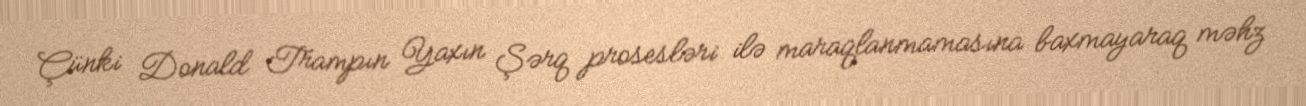
Çünki Donald Trampın Yaxın Şərq prosesləri ilə maraqlanmamasına baxmayaraq məhz